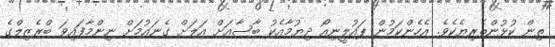
ތިން ކުޅުންތެރިޔެކެވެ. އެހެންކަމުން ޕައުލީނިއޯ ދިޔުމާއެކު ބާސާއަށް އަލަށް ގެނައުމަށް ނިންމާފައިވަ ބްރެޒިލްގެ